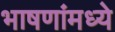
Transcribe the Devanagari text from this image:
भाषणांमध्ये